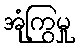
အုံကြွမှု